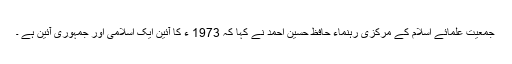
جمعیت علمائے اسلام کے مرکزی رہنماء حافظ حسین احمد نے کہا کہ 1973 ء کا آئین ایک اسلامی اور جمہوری آئین ہے ۔